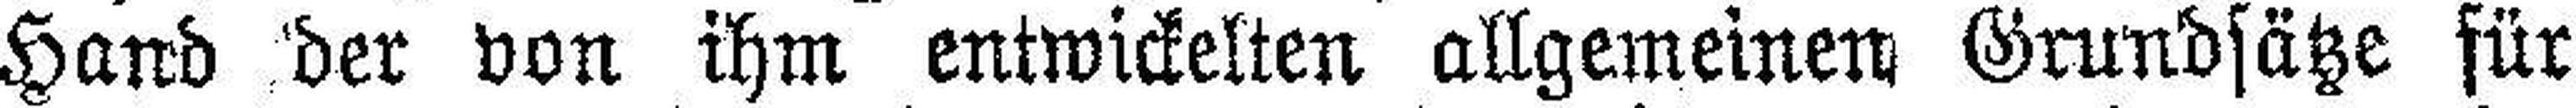
Hand der von ihm entwickelten allgemeinen Grundsätze für